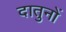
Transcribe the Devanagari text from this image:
दातुनों